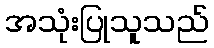
အသုံးပြုသူသည်